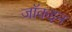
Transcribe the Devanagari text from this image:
जॉकइन